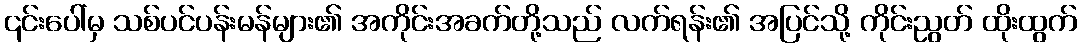
၎င်းပေါ်မှ သစ်ပင်ပန်းမန်များ၏ အကိုင်းအခက်တို့သည် လက်ရန်း၏ အပြင်သို့ ကိုင်းညွတ် ထိုးထွက်